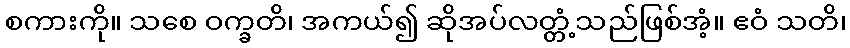
စကားကို။ သစေ ဝက္ခတိ၊ အကယ်၍ ဆိုအပ်လတ္တံ့သည်ဖြစ်အံ့။ ဧဝံ သတိ၊